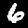
Label: 6